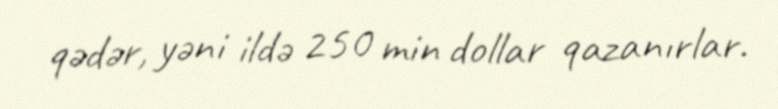
qədər, yəni ildə 250 min dollar qazanırlar.